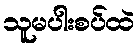
သူမပါးစပ်ထဲ